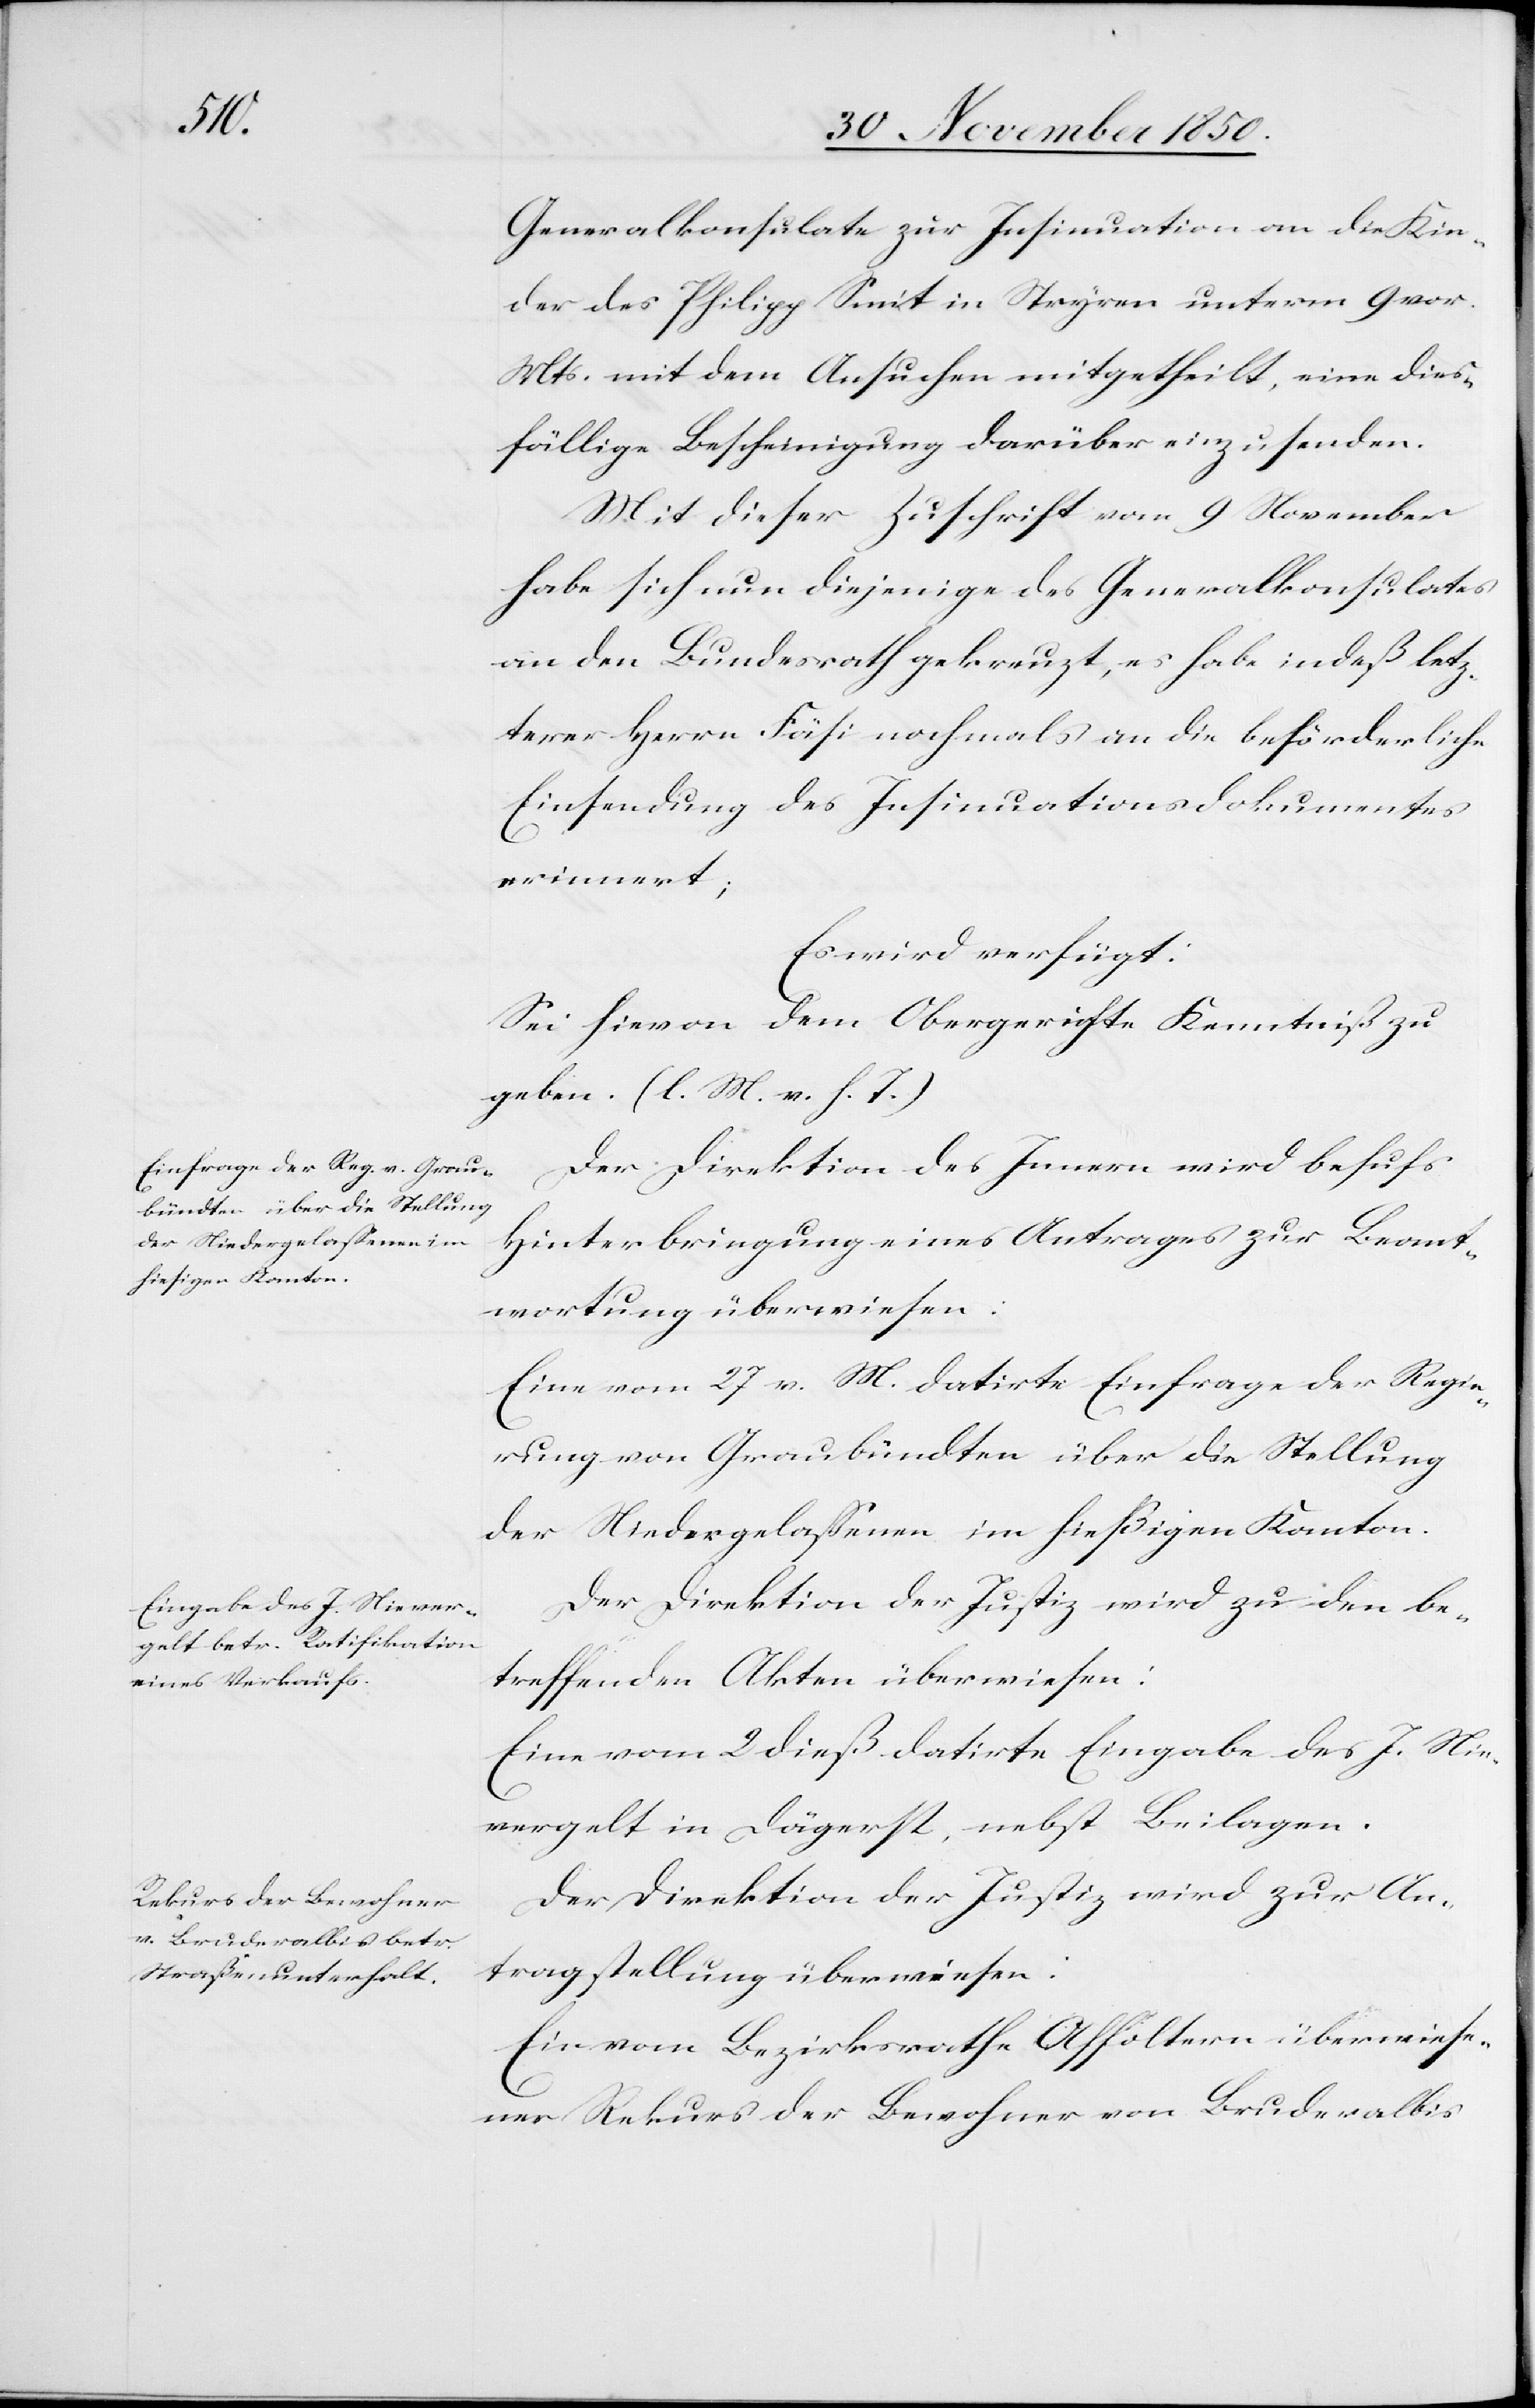
Generalkonsulate zur Insinuation an die Kin¬
der des Philipp Smit [sic!] in Stryren unterm 9 vor.
Mts. mit dem Ansuchen mitgetheilt, eine dies¬
fällige Bescheinigung darüber einzusenden.
Mit dieser Zuschrift vom 9 November
habe sich nun diejenige des Generalkonsulates
an den Bundesrath gekreuzt, es habe indeß letz¬
terer Herrn Fäsi nochmals an die beförderliche
Einsendung des Insinuationsdokumentes
erinnert;
Es wird verfügt:
Sei hievon dem Obergerichte Kenntniß zu
geben. (l. M. v. h. T.)
Der Direktion des Innern wird behufs
Hinterbringung eines Antrages zur Beant¬
wortung überwiesen:
Eine vom 27 v. M. datirte Einfrage der Regie¬
rung von Graubündten über die Stellung
der Niedergelassenen im hießigen Kanton.
Der Direktion der Justiz wird zu den be¬
treffenden Akten überwiesen:
Eine vom 2 dieß datirte Eingabe des J. Nie¬
vergelt in Dägerst, nebst Beilagen.
Der Direktion der Justiz wird zur An¬
tragstellung überwiesen:
Ein vom Bezirksrathe Affoltern überwiese¬
ner Rekurs der Bewohner von Bruderalbis